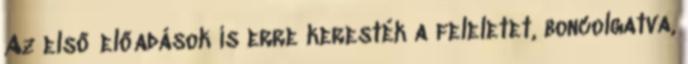
Az első előadások is erre keresték a feleletet, boncolgatva,